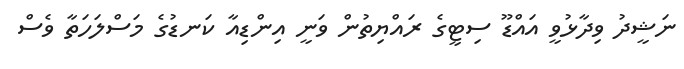
ނަޝީދު ވިދާޅުވީ އައްޑޫ ސިޓީގެ ރައްޔިތުން ވަނީ އިންޑިއާ ކަނޑުގެ މަސްލަހަތާ ވެސް